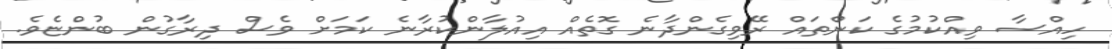
ހިއްސާ ވިއްކުމުގެ ކަންތައް ރޭވިގެންދާނެ ގޮތެއް އިއުލާންކުރާނެ ކަމަށް ވެސް ދިރާގުން ބުންޏެވެ.